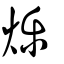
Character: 爍